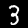
Digit: 3